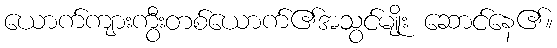
ယောက်ကျားကွီးတစ်ယောက်၏အသွင်မျိုး ဆောင်နေ၏။